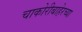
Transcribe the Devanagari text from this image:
चाकोरीबाहेरच्या